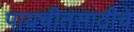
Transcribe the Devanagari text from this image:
पायचीतसाठीचे